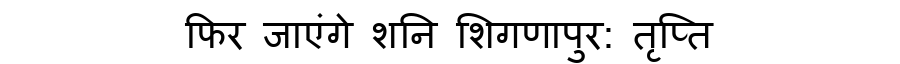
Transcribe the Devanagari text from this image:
फिर जाएंगे शनि शिगणापुर: तृप्ति